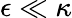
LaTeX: \epsilon\ll\kappa